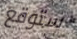
ستوقع